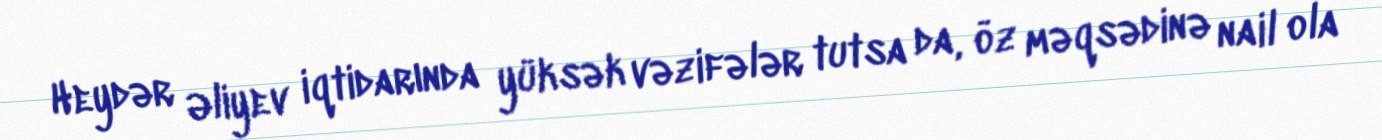
Heydər Əliyev iqtidarında yüksək vəzifələr tutsa da, öz məqsədinə nail ola